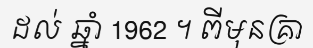
ដល់ ឆ្នាំ 1962 ។ ពីមុនគ្រា